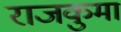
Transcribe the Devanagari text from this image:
राजकुमा